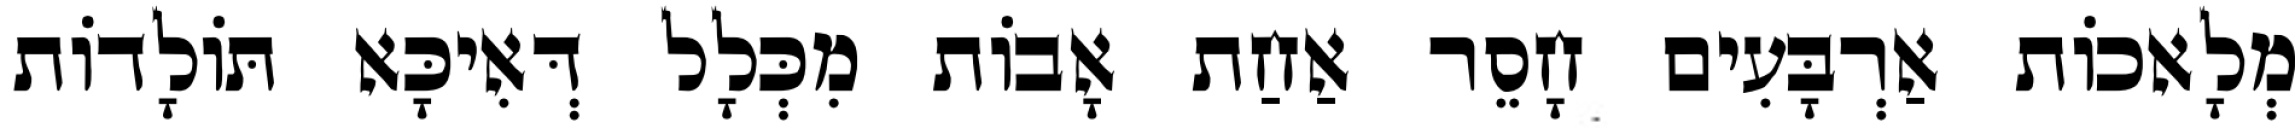
מְלָאכוֹת אַרְבָּעִים חָסֵר אַחַת אָבוֹת מִכְּלָל דְּאִיכָּא תּוֹלָדוֹת